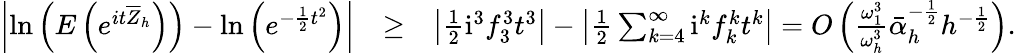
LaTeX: \begin{array}{rlr}{\left|\mathrm{ln}\left(E\left(e^{it\overline{{Z}}_{h}}\right)\right)-\mathrm{ln}\left(e^{-\frac{1}{2}t^{2}}\right)\right|}&{\geq}&{\left|\frac{1}{2}\mathrm{i}^{3}f_{3}^{3}t^{3}\right|-\left|\frac{1}{2}\sum_{k=4}^{\infty}\mathrm{i}^{k}f_{k}^{k}t^{k}\right|=O\left(\frac{\omega_{1}^{3}}{\omega_{h}^{3}}\bar{\alpha}_{h}^{-\frac{1}{2}}h^{-\frac{1}{2}}\right).}\end{array}